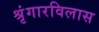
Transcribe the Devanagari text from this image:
श्रृंगारविलास